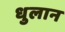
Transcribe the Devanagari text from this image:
धुलान